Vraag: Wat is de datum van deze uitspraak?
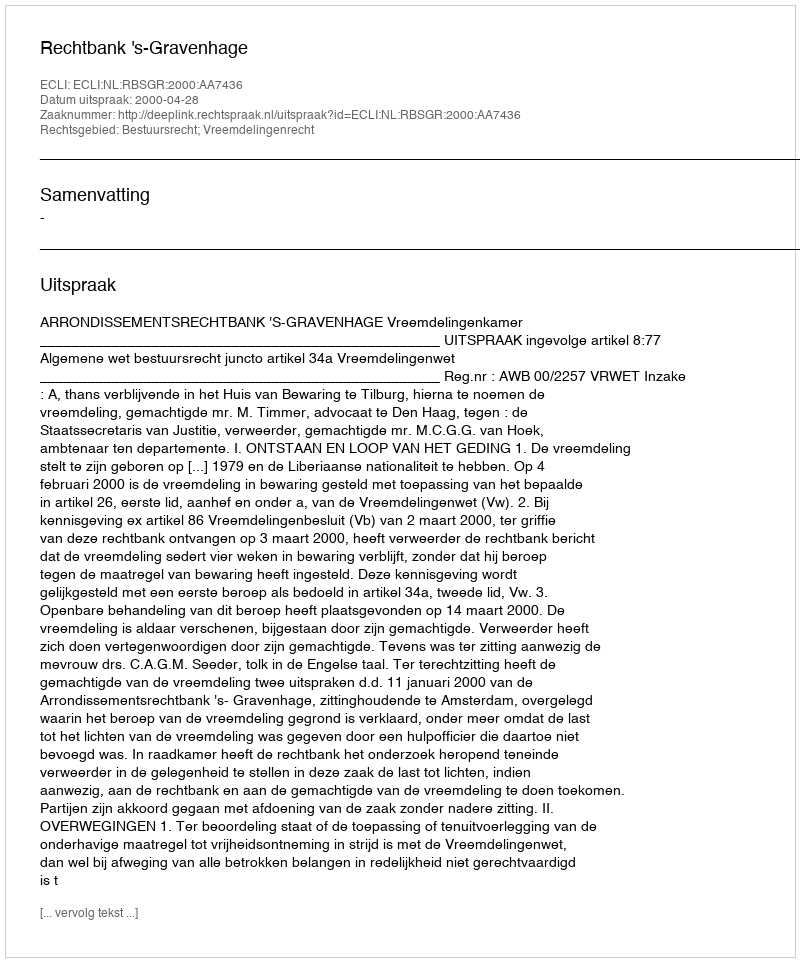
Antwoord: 2000-04-28